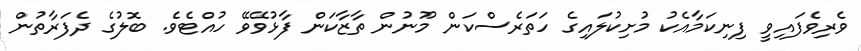
ވެރިވެފައިވީ ފިނިކަމާއެކު މުށިކުލައިގެ ހަތަރެސްކަން މޫނުން ތާޒާކަން ފާޅުވޭވޭ ހުއްޓެވެ. ބޮލުގެ ދެފަރާތުން